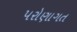
પરોણાગત